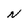
Character: N